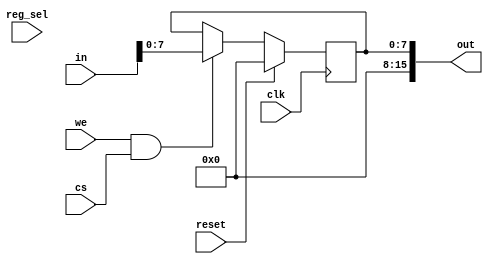
module ControladorLED(
    input clk, reset, we, cs,
    input [1:0] reg_sel,
    input [15:0] in,
    output [15:0] out
    );

    assign out = {8'b0, Led};

    reg [7:0] Led;
    reg [7:0] led_next = 8'b00000000;
    always@(posedge clk)
    	if (reset)
    		Led <= 8'd0;
    	else
        	Led <= led_next;

    always@*
        if(we & cs)
            led_next = in[7:0];
        else
            led_next = Led;
        
endmodule